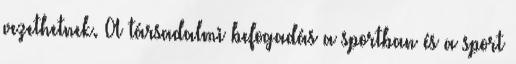
vezethetnek. A társadalmi befogadás a sportban és a sport